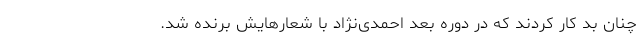
چنان بد کار کردند که در دوره بعد احمدی‌نژاد با شعارهایش برنده شد.